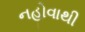
નહોવાથી